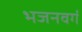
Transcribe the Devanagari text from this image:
भजनवर्ग